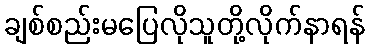
ချစ်စည်းမပြေလိုသူတို့လိုက်နာရန်